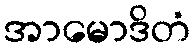
အာမောဒိတံ